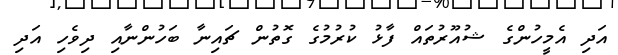
އަދި އެމީހުންގެ ޝުއޫރުތައް ފާޅު ކުރުމުގެ ގޮތުން ޗައިނާ ބަހުންނާއި ދިވެހި އަދި